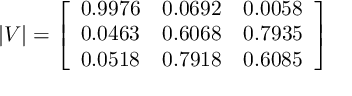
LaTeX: | V | = \left[ \begin{array} { l l l } { { 0 . 9 9 7 6 } } & { { 0 . 0 6 9 2 } } & { { 0 . 0 0 5 8 } } \\ { { 0 . 0 4 6 3 } } & { { 0 . 6 0 6 8 } } & { { 0 . 7 9 3 5 } } \\ { { 0 . 0 5 1 8 } } & { { 0 . 7 9 1 8 } } & { { 0 . 6 0 8 5 } } \end{array} \right]